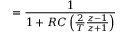
= { \frac { 1 } { 1 + R C \left( { \frac { 2 } { T } } { \frac { z - 1 } { z + 1 } } \right) } }